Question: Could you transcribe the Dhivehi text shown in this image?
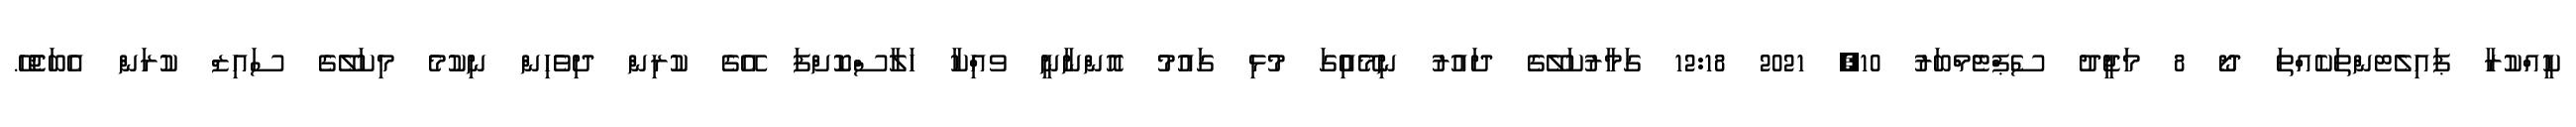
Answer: ކީއްކުރާ ޕައިލެޓންތަކެއްތަ ދޯ 8 މަޖީދު ސެޕްޓެމްބަރު 10, 2021 12:18 ގަމާރުކަލޭގެ ދައުރު ނިމޭއިެުގަ މުޅި ގައުމު އޮންނާނީ ވއިްކާ ހަލާސްކޮށްފަ އޭގެ ކުރިން ދިވެހިން ނިކުމެ މިކަލޭގެ ސައިޒް ކުރަން އެބަޖެހޭ.